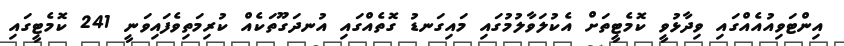
އިންޓަވިއުއެއްގައި ވިދާޅުވީ ކޮމެޓީތަށް އެކުލަވާލުމުގައި މައިގަނޑު ގޮތެއްގައި އުނދަގޫތަކެއް ކުރިމަތިވެފައިވަނީ 241 ކޮމެޓީގައި